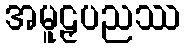
အမူဠှပညဿ